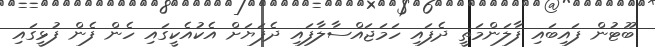
ބޫޓުން ފައިބައި ފާލަންމަތީ ދެފައި ހަމަޖައްސާލާފައި ދެފަޔަށް އެކުއެކީގައި ހެން ފެން ފުޅީގައި